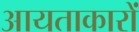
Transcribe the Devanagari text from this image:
आयताकारों